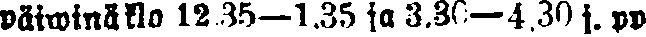
Päiwinä klo 12.35—1.35 ja 3.30—4.30 j. pp